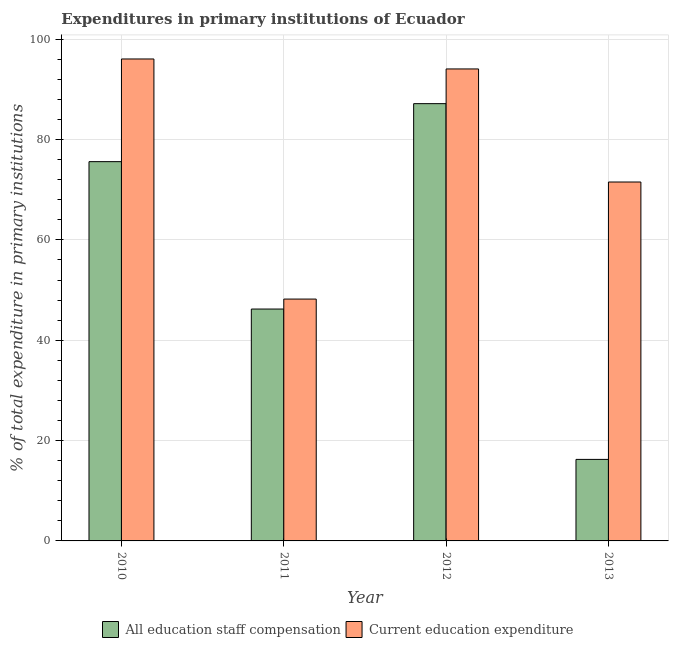
| Year | All education staff compensation | Current education expenditure |
 | --- | --- | --- |
 | 2010 | 75.6 | 96.1 |
 | 2011 | 46.2 | 48.2 |
 | 2012 | 87.2 | 94.1 |
 | 2013 | 16.3 | 71.5 |